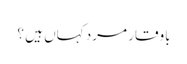
باوقار مرد کہاں ہیں ؟